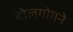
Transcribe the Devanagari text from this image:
बोलगोगने